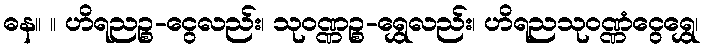
ဓန။ ။ ဟိရညဉ္စ-ငွေလည်း၊ သုဝဏ္ဏဉ္စ-ရွှေလည်း၊ ဟိရညသုဝဏ္ဏံငွေရွှေ၊